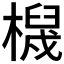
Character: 𱤖